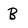
Character: B